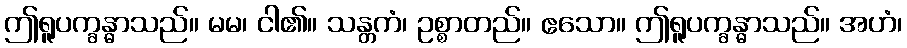
ဤရူပက္ခန္ဓာသည်။ မမ၊ ငါ၏။ သန္တကံ၊ ဥစ္စာတည်။ ဧသော။ ဤရူပက္ခန္ဓာသည်။ အဟံ၊